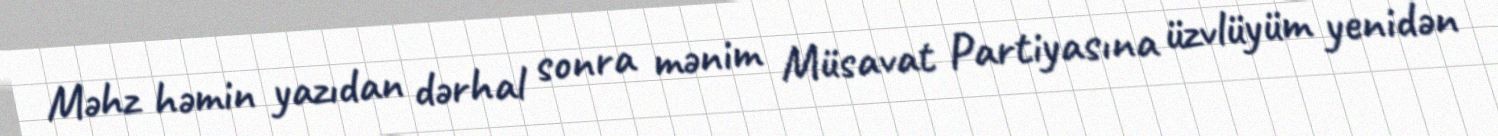
Məhz həmin yazıdan dərhal sonra mənim Müsavat Partiyasına üzvlüyüm yenidən